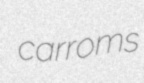
carroms